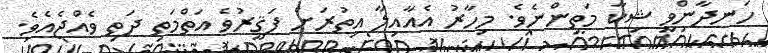
ހަނދާންވީ ޝިކާ މަތިންނެވެ. މިހާރު އެއާއިލާ އިތުރަށް ފަޤީރުވެ އަތްމަތި ދަތި ވެއްޖެއެވެ.